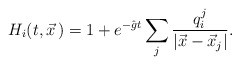
\begin{align*}H_i(t,\vec x\,) = 1 + e^{-\hat{g}t}\sum_j{\frac{q_i^j}{|\vec x-\vec x_j|}}.\end{align*}